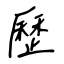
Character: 歷